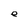
Character: e